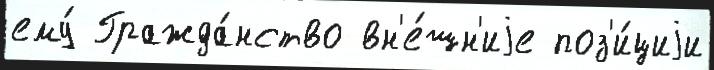
ему́ Гражда́нство вн'е́шн'иjе поз'и́циjи